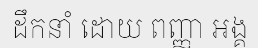
ដឹកនាំ ដោយ ពញ្ញា អង្គ